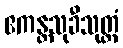
ဧကန္တသုခီသုတ္တံ